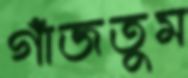
গাঁজতুম